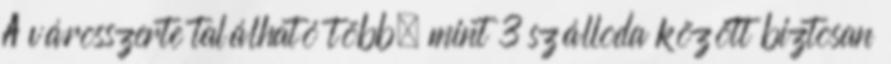
A városszerte található több, mint 3 szálloda között biztosan